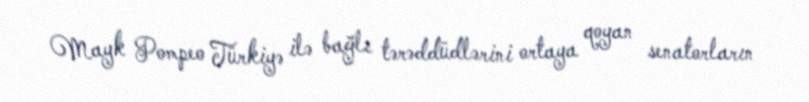
Mayk Pompeo Türkiyə ilə bağlı tərəddüdlərini ortaya qoyan senatorların